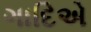
ગાદિએ